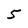
Character: 5